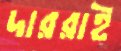
দাররাই